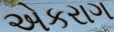
એકરાગ